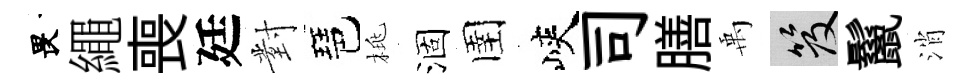
畏繩喪廷對琶桃涸圉峽司膳禹笈鬣消